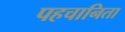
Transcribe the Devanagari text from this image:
पहचानिता